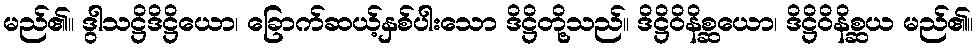
မည်၏။ ဒွါသဋ္ဌိဒိဋ္ဌိယော၊ ခြောက်ဆယ့်နှစ်ပါးသော ဒိဋ္ဌိတို့သည်။ ဒိဋ္ဌိဝိနိစ္ဆယော၊ ဒိဋ္ဌိဝိနိစ္ဆယ မည်၏။